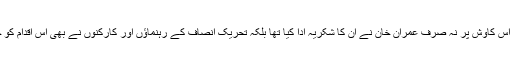
جمائما خان کی اس کاوش پر نہ صرف عمران خان نے ان کا شکریہ ادا کیا تھا بلکہ تحریک انصاف کے رہنماﺅں اور کارکنوں نے بھی اس اقدام کو خوب سراہا تھا ۔